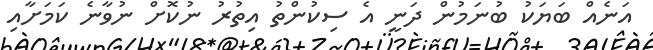
އަނެއް ބަޔަކު ބުނަމުން ދަނީ އެ ސިކުންތު އިތުރު ނުކޮށް ނުވާނެ ކަމަށާއި